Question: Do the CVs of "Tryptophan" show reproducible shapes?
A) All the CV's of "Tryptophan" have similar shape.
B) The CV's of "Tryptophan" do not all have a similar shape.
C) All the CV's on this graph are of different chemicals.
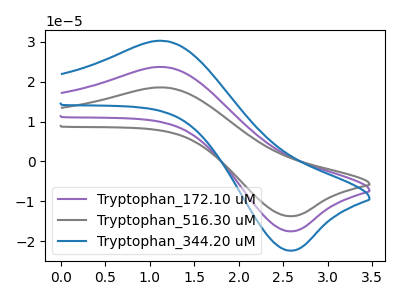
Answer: <think>The purple curve "Tryptophan_172.10 uM" has an anodic peak at (1.15V, 23.70uA) and a cathodic peak at (2.60V, -17.50uA). The gray curve "Tryptophan_516.30 uM" has an anodic peak at (1.15V, 47.35uA) and a cathodic peak at (2.60V, -35.05uA). The blue curve "Tryptophan_344.20 uM" has an anodic peak at (1.15V, 30.25uA) and a cathodic peak at (2.60V, -22.35uA).
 All the peaks in "Tryptophan_172.10 uM" have a peak in "Tryptophan_516.30 uM" at the same potential. Every peak in "Tryptophan_172.10 uM" is lower than every peak in "Tryptophan_516.30 uM". All the peaks in "Tryptophan_172.10 uM" have a peak in "Tryptophan_344.20 uM" at the same potential. Every peak in "Tryptophan_172.10 uM" is lower than every peak in "Tryptophan_344.20 uM". All the peaks in "Tryptophan_516.30 uM" have a peak in "Tryptophan_344.20 uM" at the same potential. Every peak in "Tryptophan_516.30 uM" is higher than every peak in "Tryptophan_344.20 uM".</think>
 <answer>A) All the CV's of "Tryptophan" have similar shape.</answer>
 <eval>A</eval>